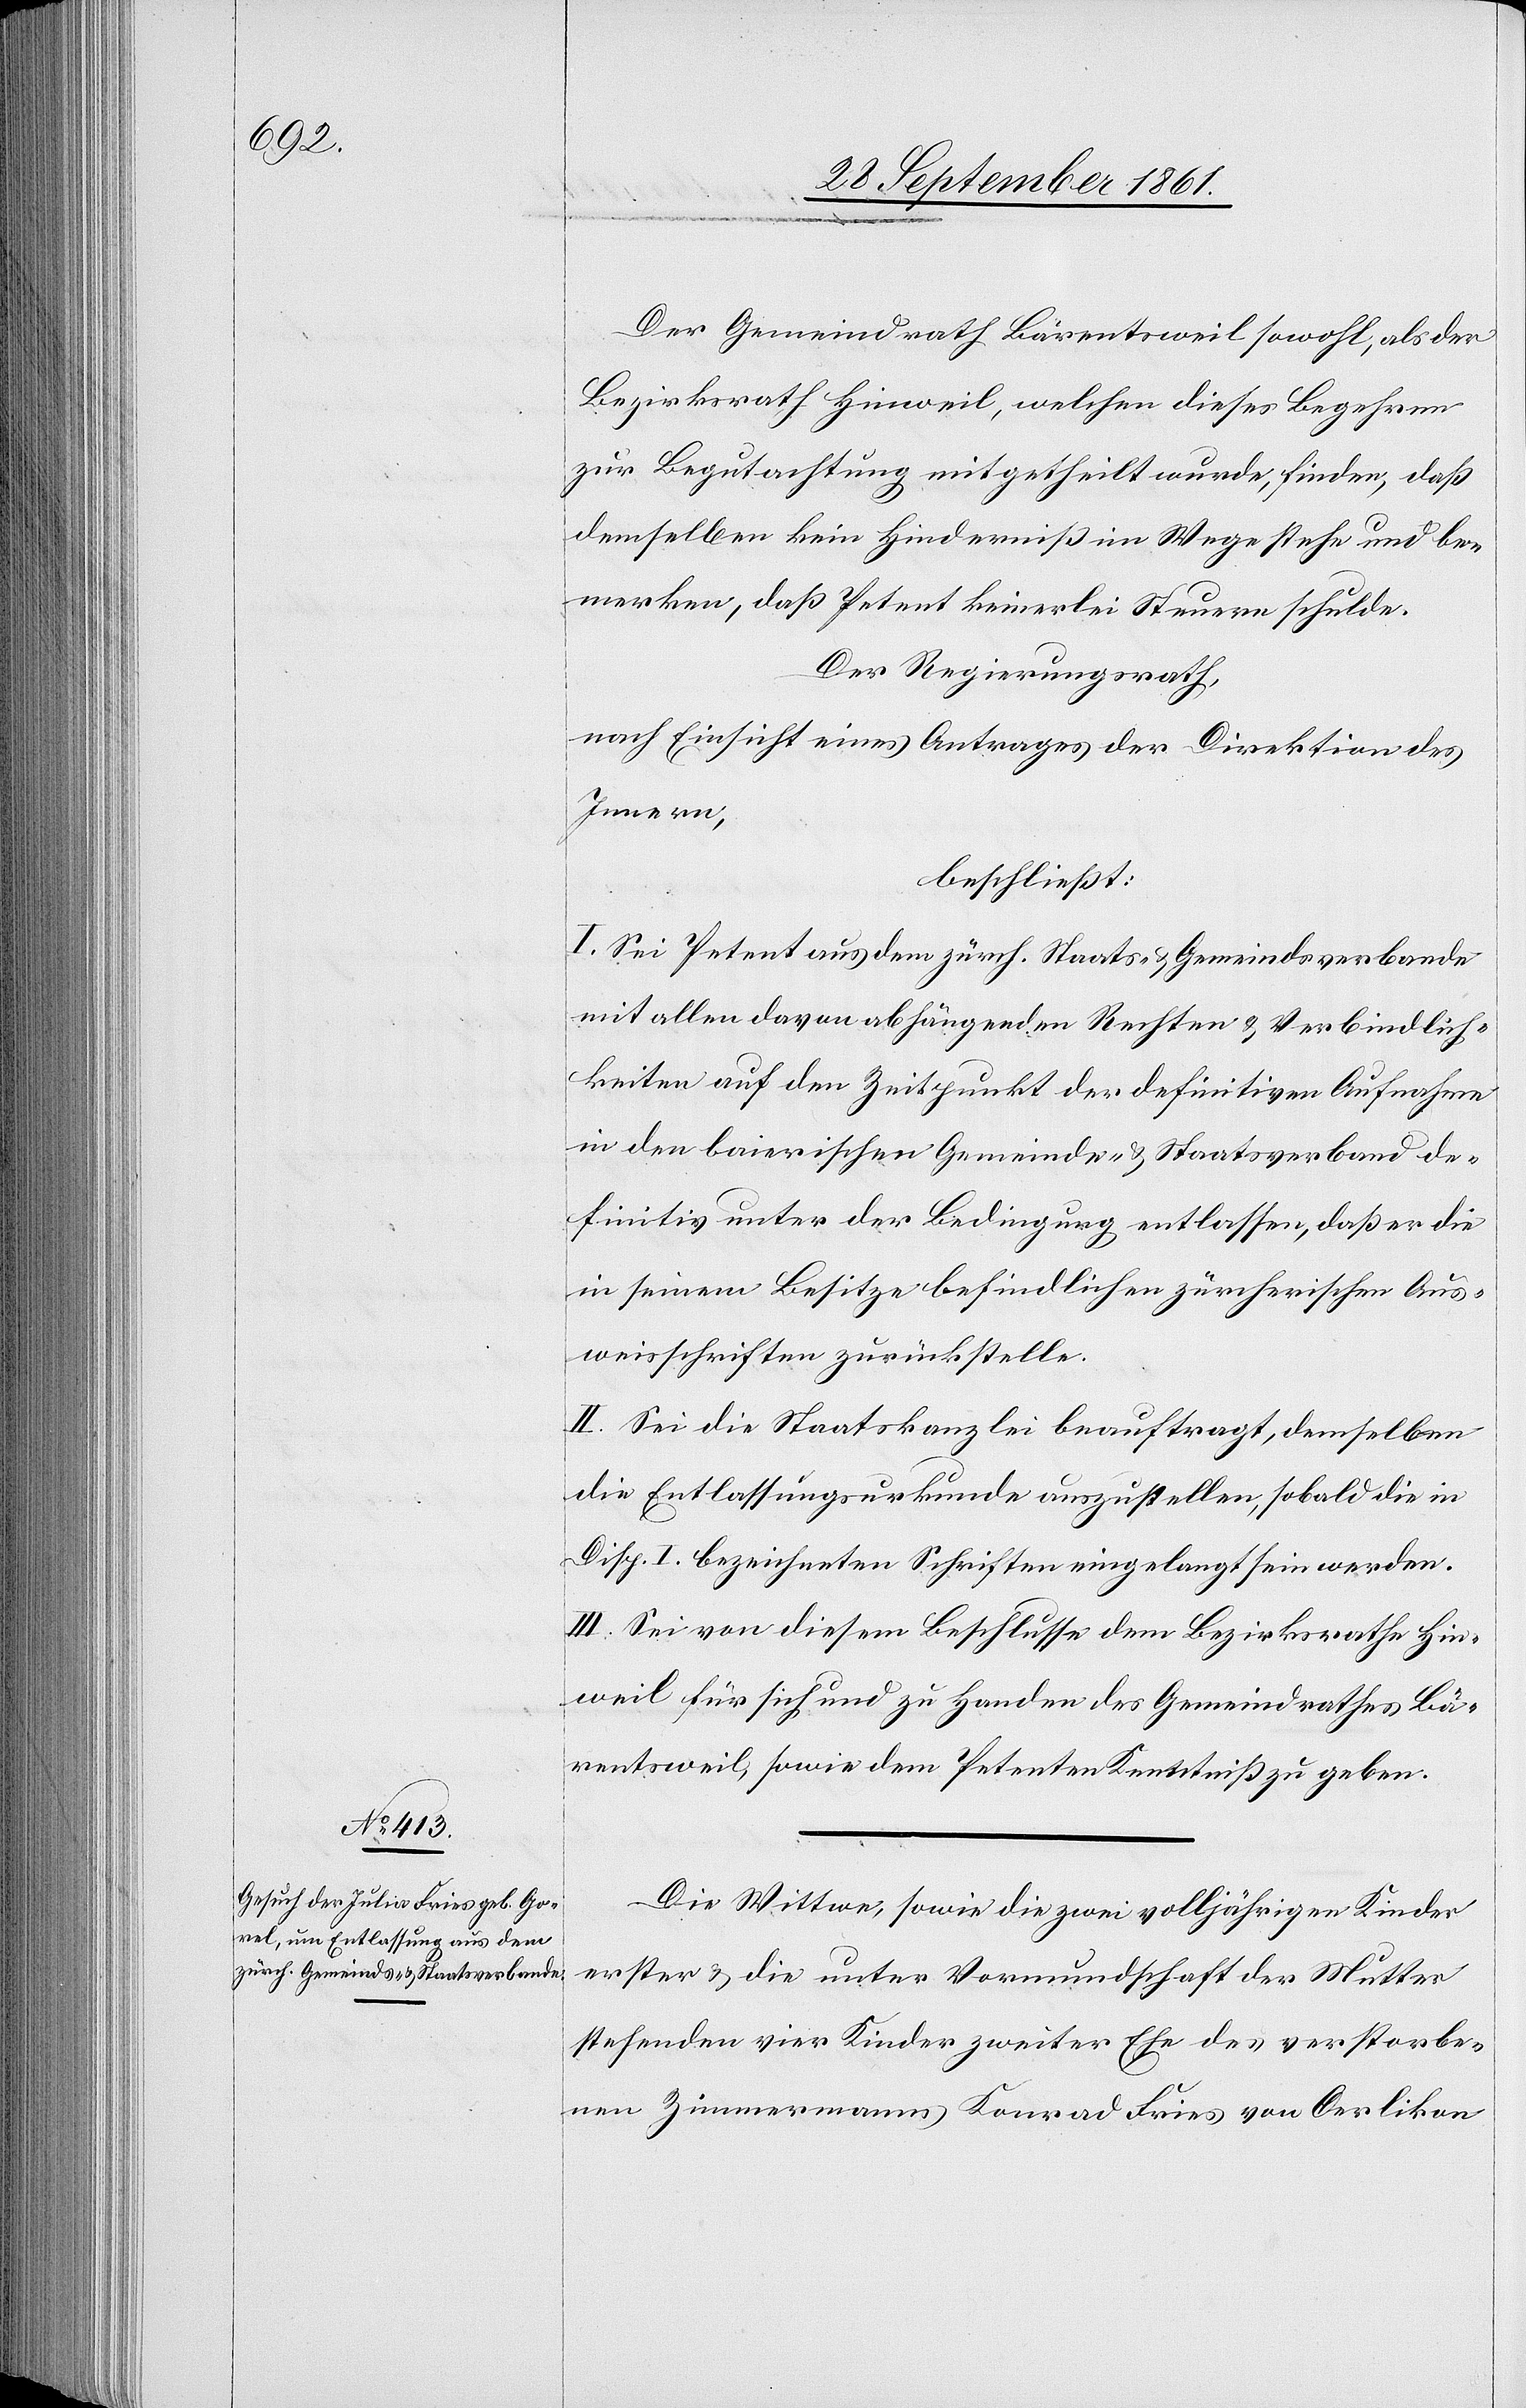
Der Gemeindrat Bärentsweil sowohl, als der
Bezirksrath Hinweil, welchen dieses Begehren
zur Begutachtung mitgetheilt wurde, finden, daß
demselben kein Hinderniß im Wege stehe und be¬
merken, daß Petent keinerlei Steuern schulde.
Der Regierungsrath,
nach Einsicht eines Antrages der Direktion des
Innern,
beschließt:
I. Sei Petent aus dem zürch. Staats- u. Gemeindsverbande
mit allen davon abhängenden Rechten u. Verbindlich¬
keiten auf den Zeitpunkt der definitiven Aufnahme
in den baierischen Gemeinde- u. Staatsverband de¬
finitiv unter der Bedingung entlassen, daß er die
in seinem Besitze befindlichen zürcherischen Aus¬
weisschriften zurückstelle.
II. Sei die Staatskanzlei beauftragt, demselben
die Entlassungsurkunde auszustellen, sobald die in
Disp. I bezeichneten Schriften eingelangt sein werden.
III. Sei von diesem Beschlusse dem Bezirksrathe Hin¬
weil für sich und zu Handen des Gemeindrathes Bä¬
rentsweil, sowie dem Petenten Kenntniß zu geben.
Die Wittwe, sowie die zwei volljährigen Kinder
erster u. die unter Vormundschaft der Mutter
stehenden vier Kinder zweiter Ehe des verstorbe¬
nen Zimmermanns Konrad Fries von Oerlikon